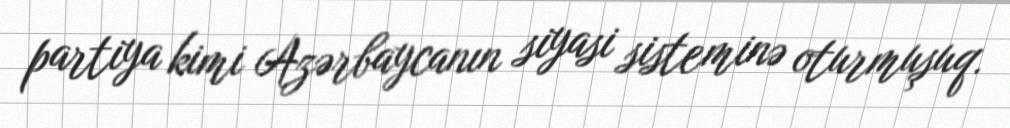
partiya kimi Azərbaycanın siyasi sisteminə oturmuşuq.